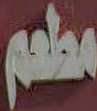
مطعم